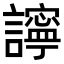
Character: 𧭈